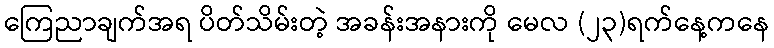
ကြေညာချက်အရ ပိတ်သိမ်းတဲ့ အခန်းအနားကို မေလ (၂၃)ရက်နေ့ကနေ